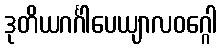
ဒုတိယဂင်္ဂါပေယျာလဝဂ္ဂေါ